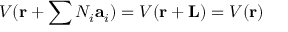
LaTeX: V ( \mathbf { r } + \sum N _ { i } \mathbf { a } _ { i } ) = V ( \mathbf { r } + \mathbf { L } ) = V ( \mathbf { r } )